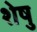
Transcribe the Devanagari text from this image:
शेषु